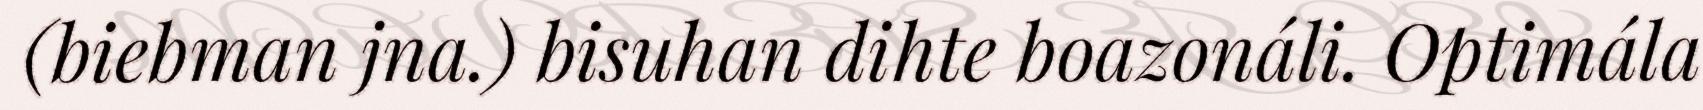
(biebman jna.) bisuhan dihte boazonáli. Optimála